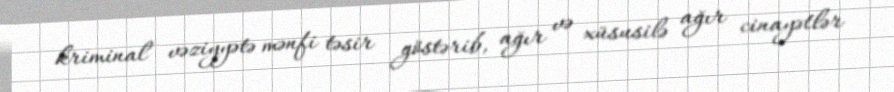
kriminal vəziyyətə mənfi təsir göstərib, ağır və xüsusilə ağır cinayətlər